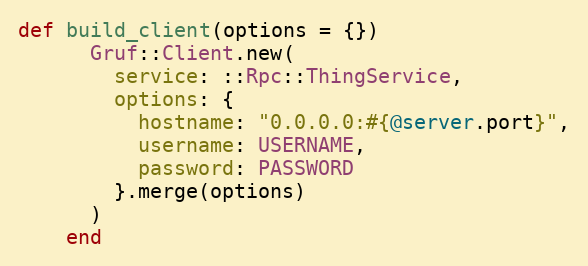
Language: Ruby
def build_client(options = {})
      Gruf::Client.new(
        service: ::Rpc::ThingService,
        options: {
          hostname: "0.0.0.0:#{@server.port}",
          username: USERNAME,
          password: PASSWORD
        }.merge(options)
      )
    end